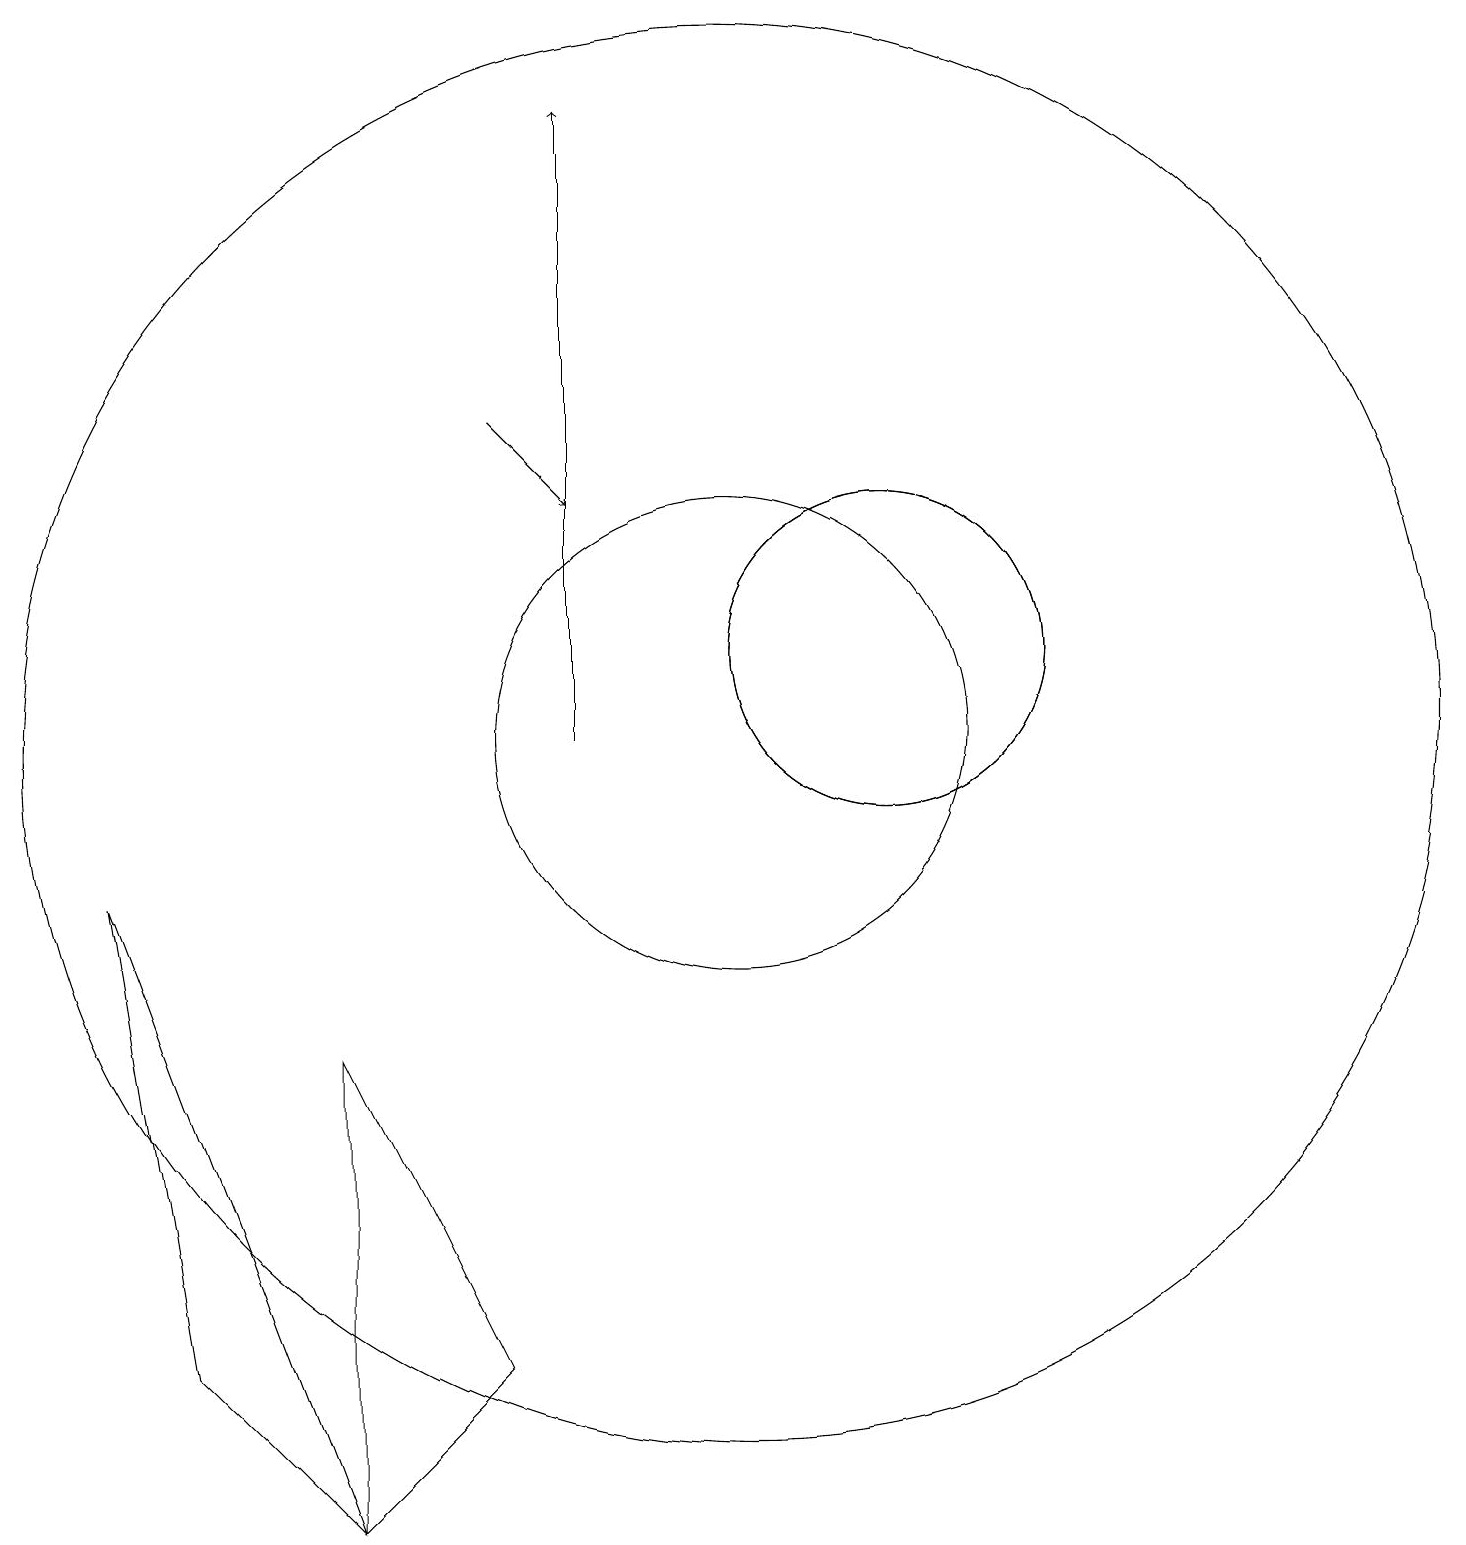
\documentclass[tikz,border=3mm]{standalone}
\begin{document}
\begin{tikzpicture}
\draw (5,0) -- (5,6) -- (7,2) -- cycle;
\draw (10,10) circle (3);
\draw (12,11) circle (2);
\draw (12,11) circle (2);
\draw[->] (8,10) -- (8,18);
\draw[->] (7,14) -- (8,13);
\draw (10,10) circle (9);
\draw (2,8) -- (3,2) -- (5,0) -- cycle;
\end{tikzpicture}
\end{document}